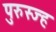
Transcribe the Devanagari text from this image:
पुरुस्ज्ह